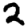
Digit: 2